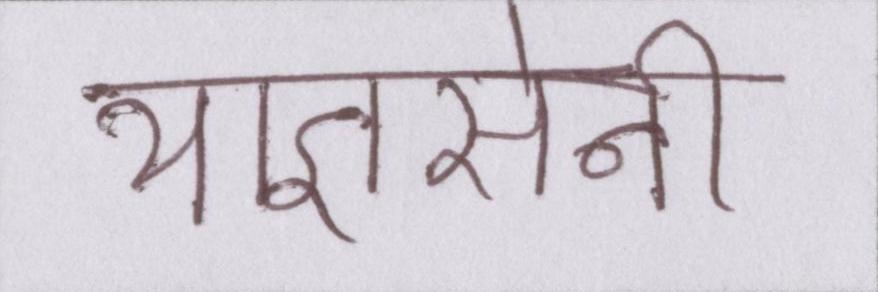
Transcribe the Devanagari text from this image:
याज्ञसेनी